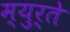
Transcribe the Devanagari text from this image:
म्युर्ते